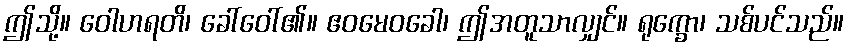
ဤသို့။ ဝေါဟရတိ၊ ခေါ်ဝေါ်၏။ ဧဝမေဝခေါ၊ ဤအတူသာလျှင်။ ရုက္ခော၊ သစ်ပင်သည်။